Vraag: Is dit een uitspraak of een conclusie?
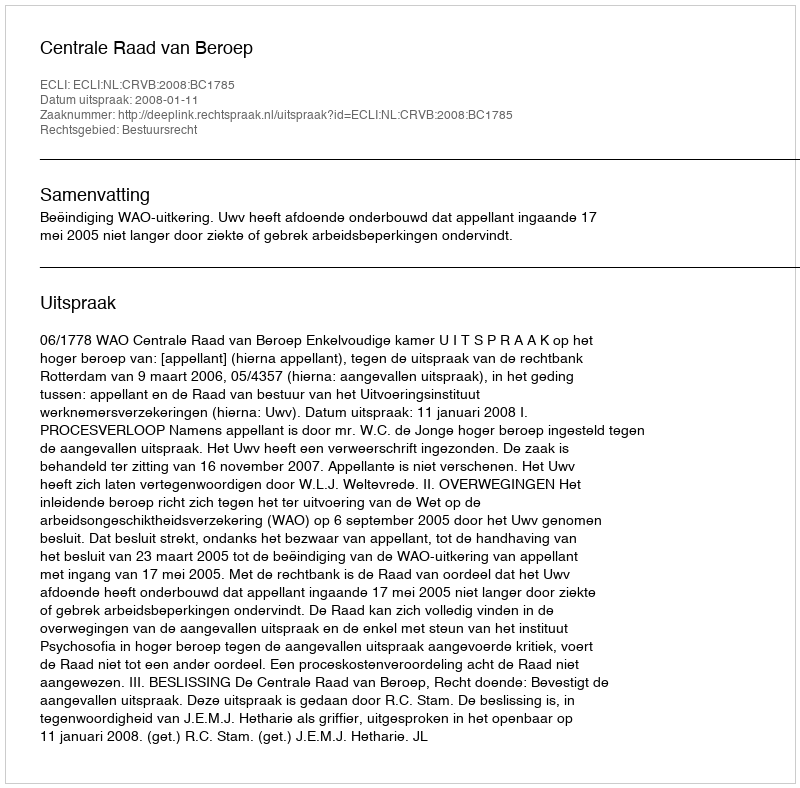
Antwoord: Uitspraak